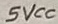
Text: 5VCC